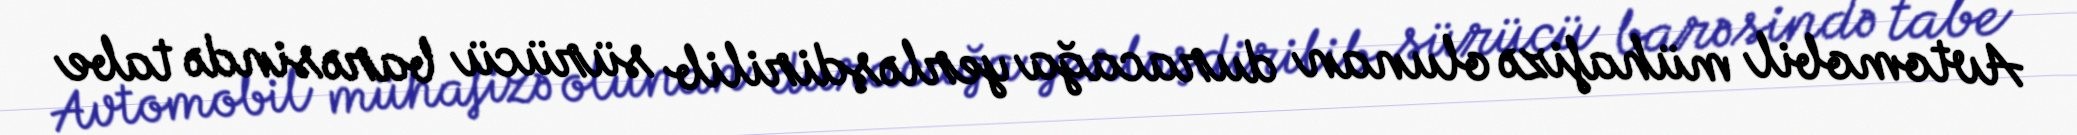
Avtomobil mühafizə olunan duracağa yerləşdirilib sürücü barəsində tabe